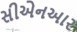
સીએનઆર